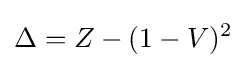
\Delta =Z-(1-V)^{2}